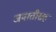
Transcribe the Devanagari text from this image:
जमातीसह